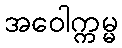
အဝေါက္ကမ္မ